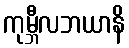
ကုမ္ဘီလဘယာနိ